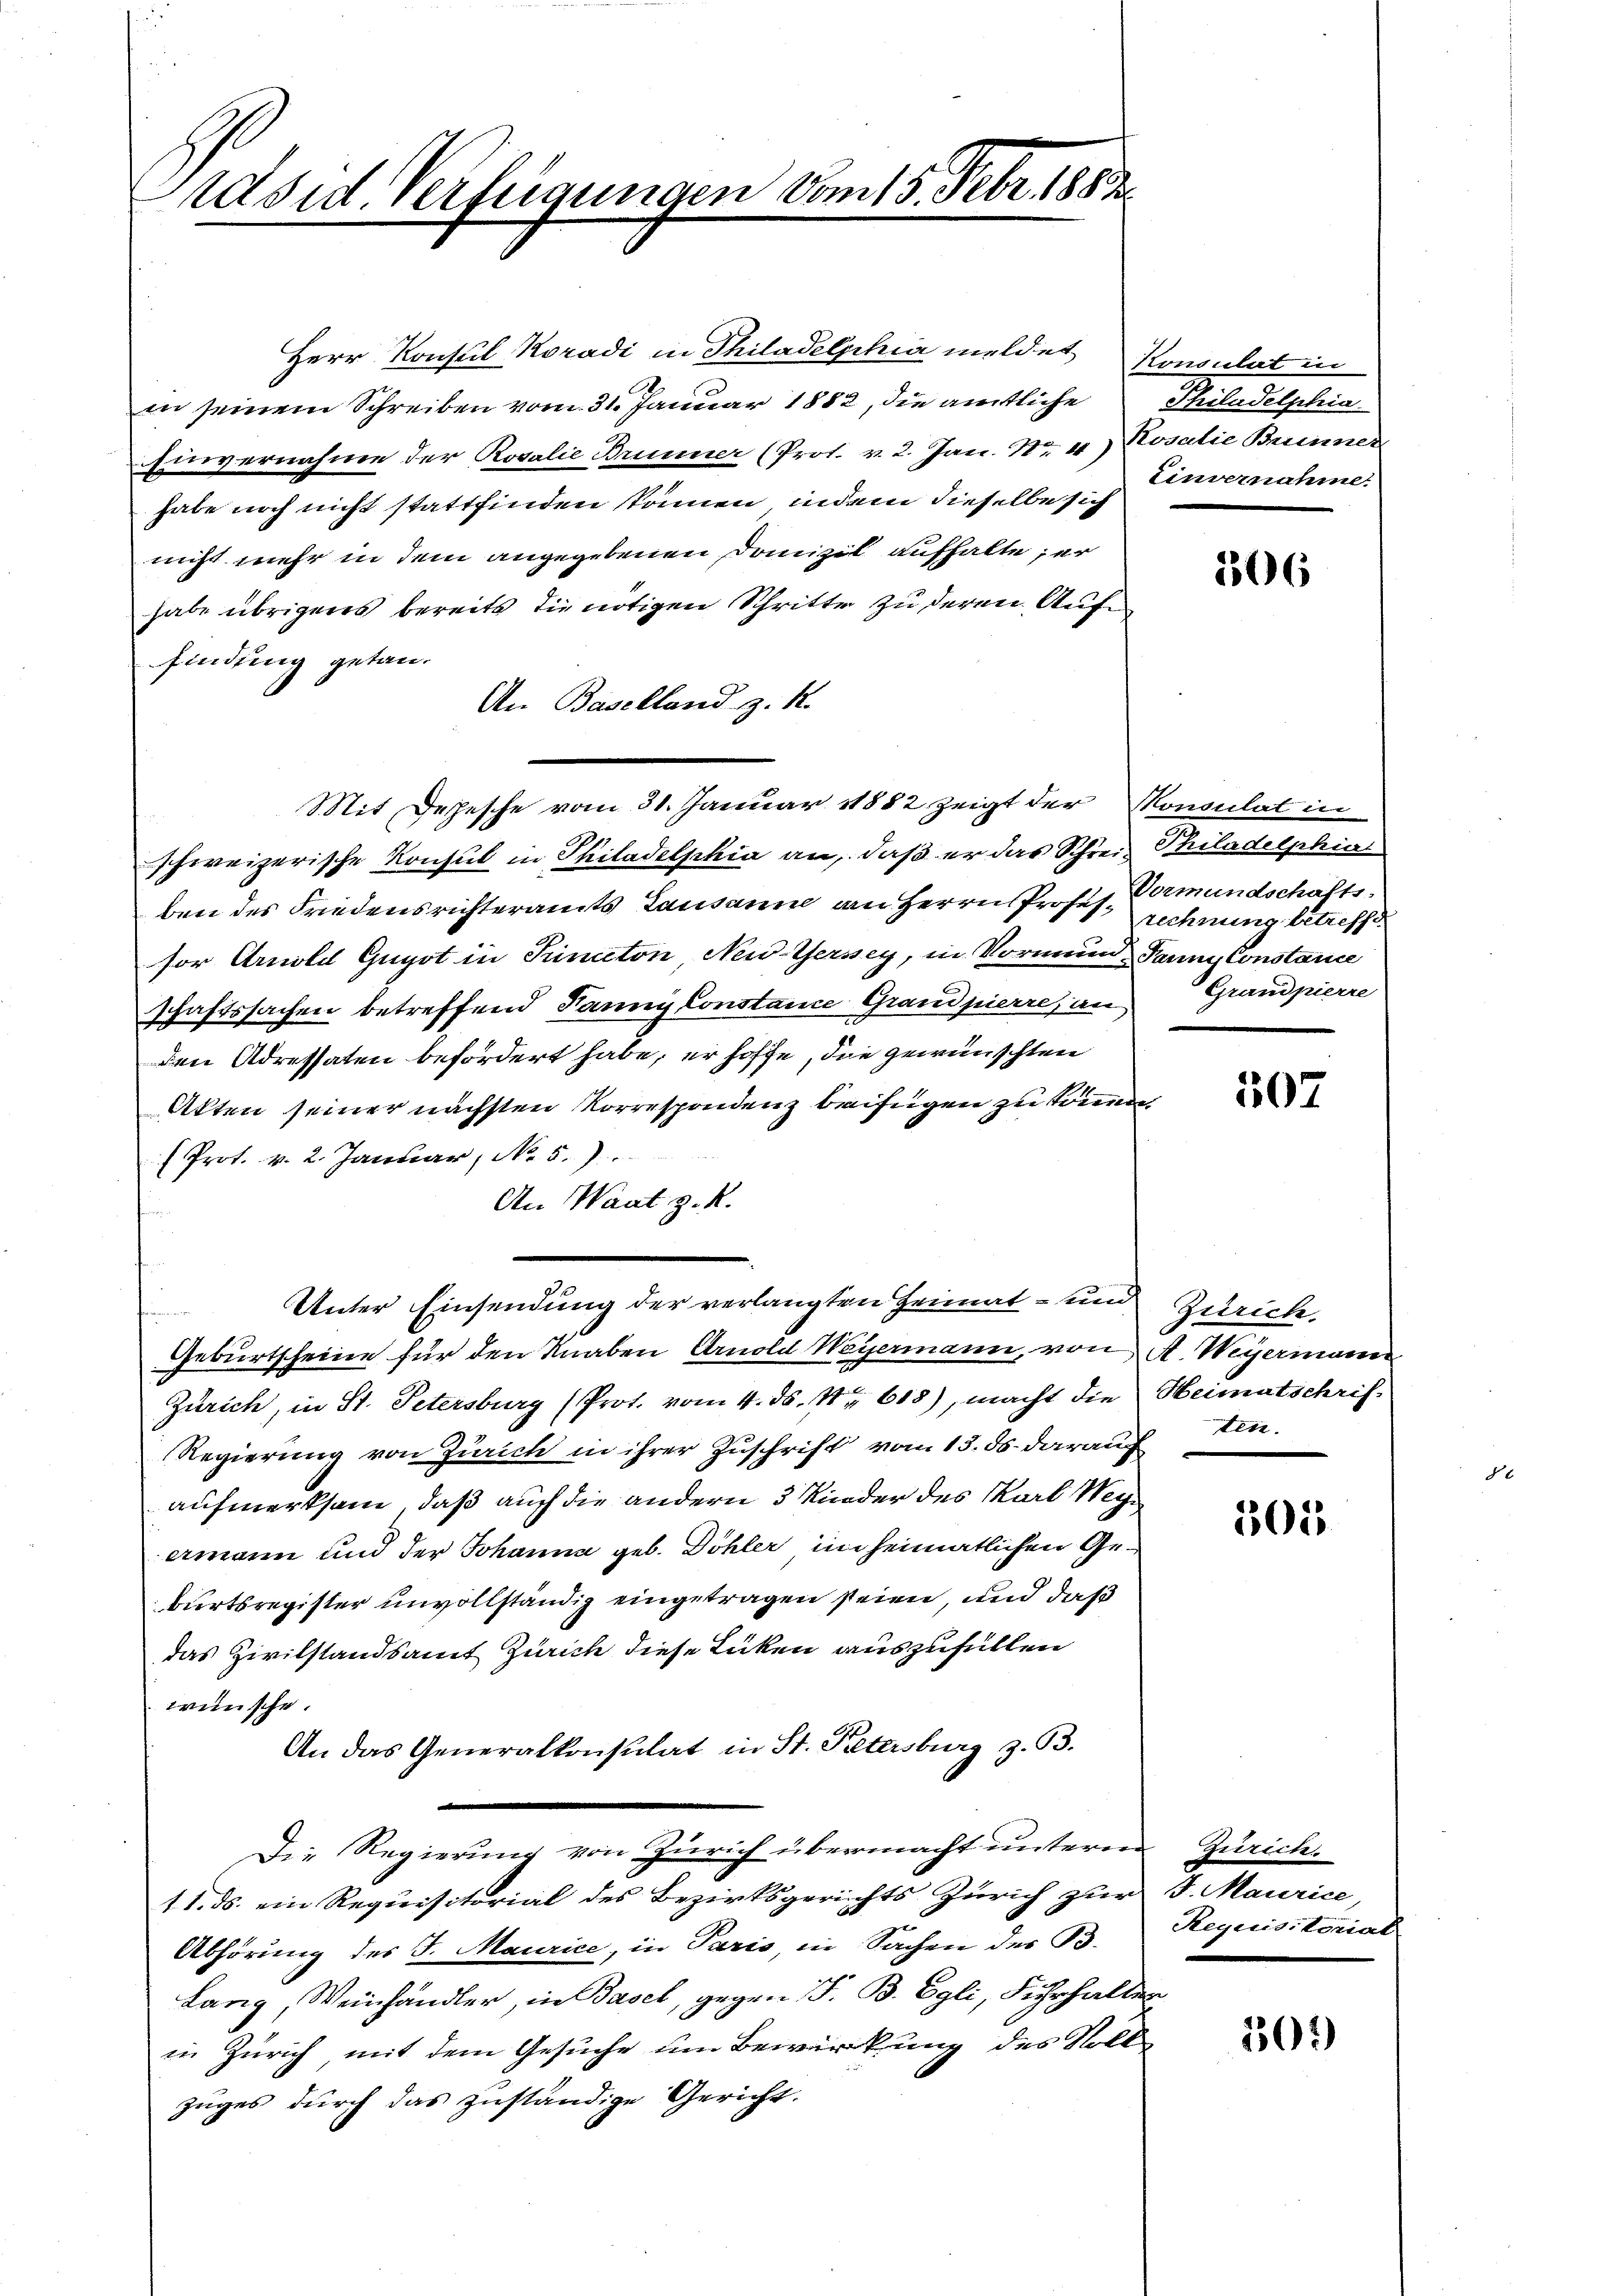
Ordsid Verfügungen vom 15. Febr 1882

Herr Konsul Koradi in Thiladelphia meldet, Konsulat in
in seinem Schreiben vom 31. Januar 1882, die amtliche Philadelphia
Einvernahme der Rosalie Brunner (Prot. v. 2. Jan. No 4) Sosalie Brunner
habe noch nicht stattfinden können, indem dieselbe sich
nicht mehr in dem angegebenen Domizil aufhalte, er
habe übrigens bereits die nötigen Schritte zu deren Auffindung getan.
An Baselland z. R.
Mit Depesche vom 31. Januar 1882 zeigt der Konsulat in
schweizerische Konsul in Philadelphia an, daß er das Schreiz Philadelphia
ben des Friedensrichteramts Lausanne an Herrn Profes Vormundschaftssor Arnold Gugot in Kindton New-Jersey, in Vormund Tanne Constance
schaftssachen betreffend Panni Constance Grandpierre, an
den Adressaten befördert habe, er hoffe, die gewünschten
Akten seiner nächsten Korrespondenz beifügen zu können
Prot. v. 2. Januar, No. 5.)
An Waat z. R.
Unter Einsendung der verlangten Heimat- und Zürich,
Geburtscheine für den Knaben Arnold Weyermann, von A. Weyermann
Zürich, in St. Petersburg (Prot. vom 4. ds. Nr. 618), macht die Heimatschrif¬
Regierung von Zürich in ihrer Zuschrift vom 13. ds. darauf
aufmerksam, daß auch die andern 3 Kinder des Karl Wegiermann und der Johanna geb. Döhler im heimatlichen Geburtsregister unvollständig eingetragen seien, und daß
das Zivilstandsamt Zürich diese Lücken auszufüllen
wünsche.
An das Generalkonsulat in St. Petersburg z. 93.

Die Regierung von Zürich übermacht unteren Zürich¬
11. ds. ein Requisitorial des Bezirksgerichts Zürich zur
Abhörung des J. Maurice, in Paris, in Sachen der B.
Lang, Weinhändler, in Basel, gegen S. B. Egli, Fŭhrhalten
in Zürich mit dem Gesuche um Bewirkung des Vollzuges durch das zuständige Gericht.

Einvernahme.

306

rechnung betreffe.
Grandpierre

507.

ten.

305

J. Maurice
Requisitorial

101)